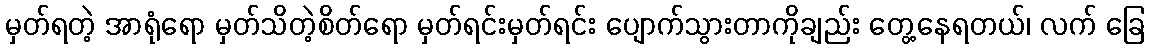
မှတ်ရတဲ့ အာရုံရော မှတ်သိတဲ့စိတ်ရော မှတ်ရင်းမှတ်ရင်း ပျောက်သွားတာကိုချည်း တွေ့နေရတယ်၊ လက် ခြေ